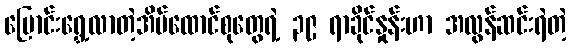
ပြောင်းရွှေ့လာတဲ့အိမ်ထောင်စုတွေရဲ့ ၃၉ ရာခိုင်နှုန်းဟာ အလွန်ဆင်းရဲတဲ့